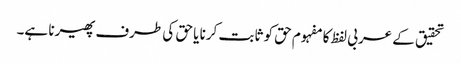
تحقیق کے عربی لفظ کا مفہوم حق کو ثابت کرنا یا حق کی طرف پھیرنا ہے۔